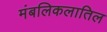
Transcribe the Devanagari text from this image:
मंबलिकलातिल